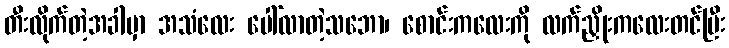
တီးလိုက်တဲ့အခါမှာ အသံလေး ပေါ်လာတဲ့သဘော၊ စောင်းကလေးကို လက်ညှိုးကလေးတင်ပြီး